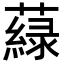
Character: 𦾯